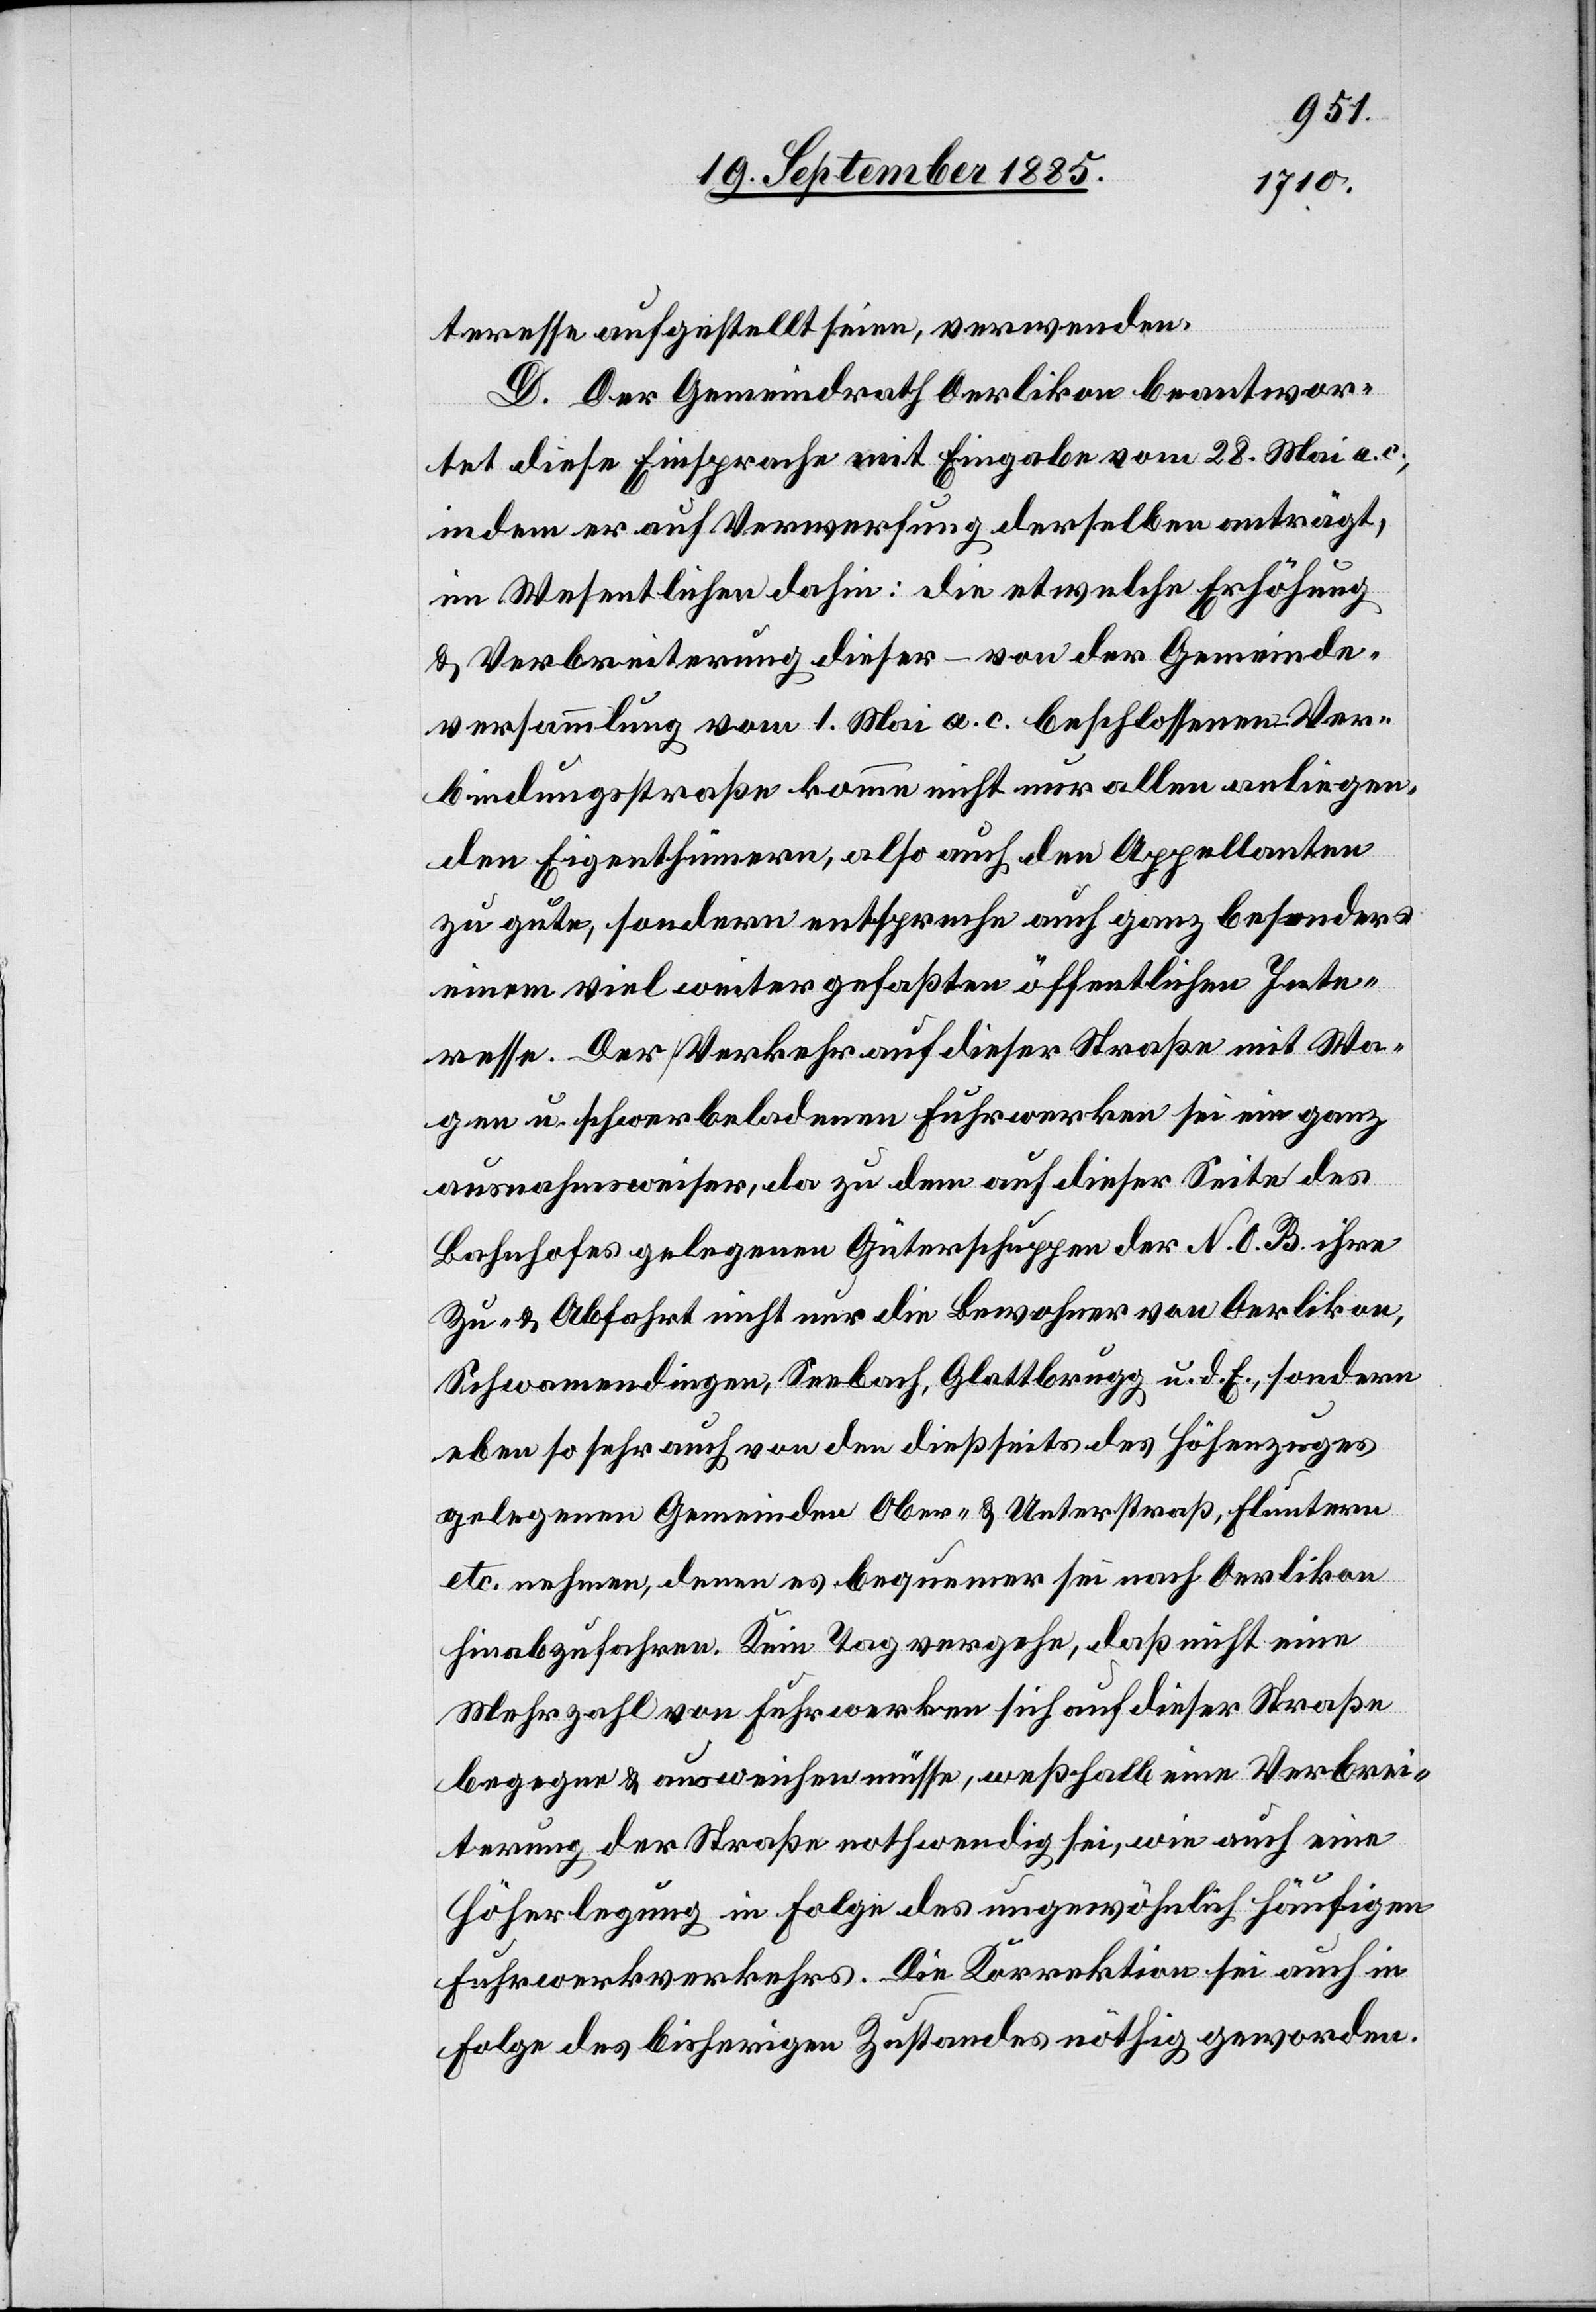
teresse aufgestellt seien, verwenden.
D. Der Gemeindrath Oerlikon beantwor¬
tete diese Einsprache mit Eingabe vom 28. Mai a. c.,
indem er auf Verwerfung derselben anträgt,
im Wesentlichen dahin: die etwelche Erhöhung
& Verbreiterung dieser – von der Gemeinde¬
versammlung vom 1. Mai a. c. beschlossenen Ver¬
bindungsstraße komme nicht nur allen anliegen¬
den Eigenthümern, also auch den Appellanten
zu gute, sondern entspreche auch ganz besonders
einem viel weiter gefaßten öffentlichen Inte¬
resse. Der Verkehr auf dieser Straße mit Wa¬
gen u. schwerbeladenen Fuhrwerken sei ein ganz
ausnahmsweiser, da zu dem auf dieser Seite des
Bahnhofes gelegenen Güterschuppen der N. O. B. ihre
Zu- & Abfahrt nicht nur die Bewohner von Oerlikon,
Schwamendingen, Seebach, Glattbrugg u. d. E., sondern
eben so sehr auch von den dießseits des Höhenzuges
gelegenen Gemeinden Ober- & Unterstraß, Fluntern
etc. nehmen, denen es bequemer sei nach Oerlikon
hinabzufahren. Kein Tag vergehe, daß nicht eine
Mehrzahl von Fuhrwerken sich auf dieser Straße
begegne & ausweichen müsse, weßhalb eine Verbrei¬
terung der Straße nothwendig sei, wie auch eine
Höherlegung in Folge des ungewöhnlich häufigen
Fuhrwerkverkehrs. Die Korrektion sei auch in
Folge des bisherigen Zustandes nöthig geworden.